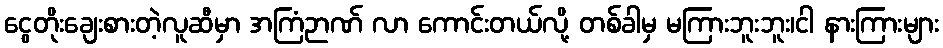
ငွေတိုးချေးစားတဲ့လူဆီမှာ အကြံဉာဏ် လာ ကောင်းတယ်လို့ တစ်ခါမှ မကြားဘူးဘူး၊ငါ နားကြားများ